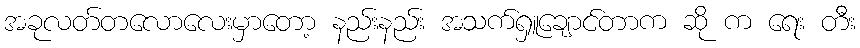
အခုလတ်တလောလေးမှာတော့ နည်းနည်း အသက်ရှူချောင်တာက ဆို က ရေး တီး